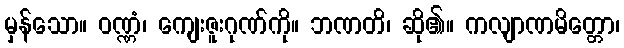
မှန်သော။ ဝဏ္ဏံ၊ ကျေးဇူးဂုဏ်ကို။ ဘဏတိ၊ ဆို၏။ ကလျာဏမိတ္တော၊